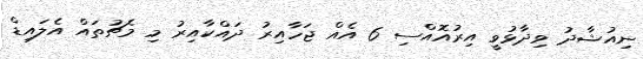
ނިއުޝާދު ވިދާޅުވީ އިރުއޮއްސި 6 އެއް ޖަހާއިރު ދައްކާއިރު މި މެޗުތައް އެލައިޑް